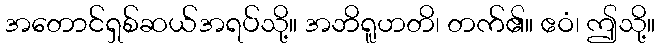
အတောင်ရှစ်ဆယ်အရပ်သို့။ အဘိရူဟတိ၊ တက်၏။ ဧဝံ၊ ဤသို့။